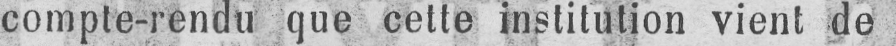
compte-rendu que cette institution vient de